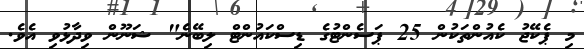
މި ޕެކޭޖު ކެއުންތަކުން 25 ޕަސެންޓުގެ ޑިސްކައުންޓް ލިބޭނެ" ޝަނޫން ވިދާޅުވި އެވެ.